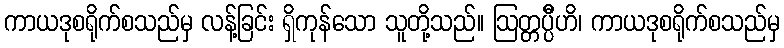
ကာယဒုစရိုက်စသည်မှ လန့်ခြင်း ရှိကုန်သော သူတို့သည်။ ဩတ္တပ္ပီိဟိ၊ ကာယဒုစရိုက်စသည်မှ